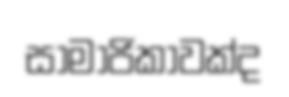
සාමාජිකාවක්ද